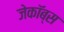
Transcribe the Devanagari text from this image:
जेकॉब्स